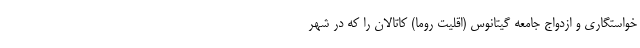
خواستگاری و ازدواج جامعه گیتانوس (اقلیت روما) کاتالان را که در شهر